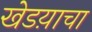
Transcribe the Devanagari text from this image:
खेडय़ाचा